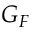
G _ { F }